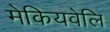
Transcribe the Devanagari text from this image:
मेकियवेलि